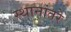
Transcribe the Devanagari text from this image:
स्थानांतरे